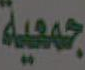
جمعية